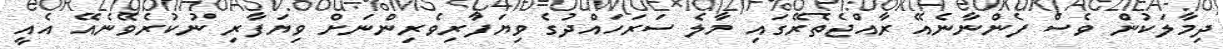
ދިމާލަކުން ވެސް ފެންނާނެއޭ ރާއްޖެތެރޭގައި މާލެ ސަރަހައްދުގެ ވިޔަފާރިވެރިންނަށް ވިޔަފާރި ނުކުރެވޭނެއޭ އެއީ